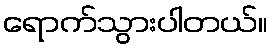
ရောက်သွားပါတယ်။